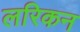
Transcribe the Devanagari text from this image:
लरिकन